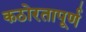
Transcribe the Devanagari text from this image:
कठोरतापूर्ण